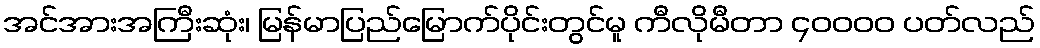
အင်အားအကြီးဆုံး၊ မြန်မာပြည်မြောက်ပိုင်းတွင်မူ ကီလိုမီတာ ၄၀၀၀၀ ပတ်လည်